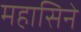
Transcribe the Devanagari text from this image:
महासिने